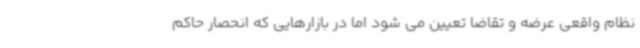
نظام واقعی عرضه و تقاضا تعیین می شود اما در بازارهایی که انحصار حاکم